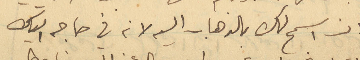
ان اسمح لك بالذهاب اليه لانه في حاجه اليك